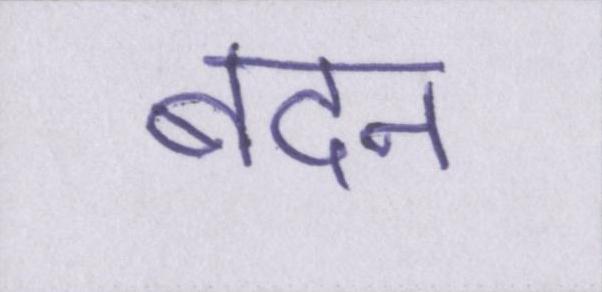
बदन